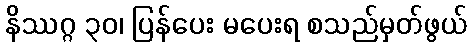
နိဿဂ္ဂ ၃၀၊ ပြန်ပေး မပေးရ စသည်မှတ်ဖွယ်